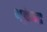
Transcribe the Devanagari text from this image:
भूकेन्द्र